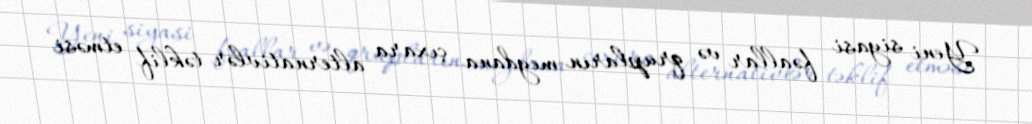
Yeni siyasi fəallar və qrupların meydana çıxara alternativlər təklif etməsi